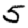
Digit: 5